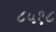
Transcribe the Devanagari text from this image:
८५१८